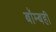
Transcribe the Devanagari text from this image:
बॉम्बही